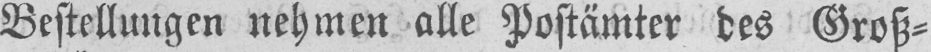
Bestellungen nehmen alle Postämter des Groß⸗